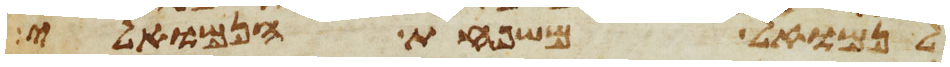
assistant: לנמואל משפחת הנמואלי